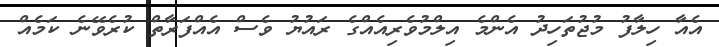
އެއާ ހިލާފު މުޖުތަހިދު އެންމެ އިލްމުވެރިއެއްގެ ރައުޔު ވެސް އެއްފަރާތް ކުރެވޭނެ ކަމެއް